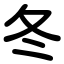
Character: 冬